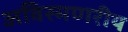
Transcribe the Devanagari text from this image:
अविस्मणरीय